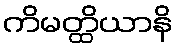
ကိမတ္ထိယာနိ